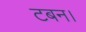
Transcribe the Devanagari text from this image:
टबन।